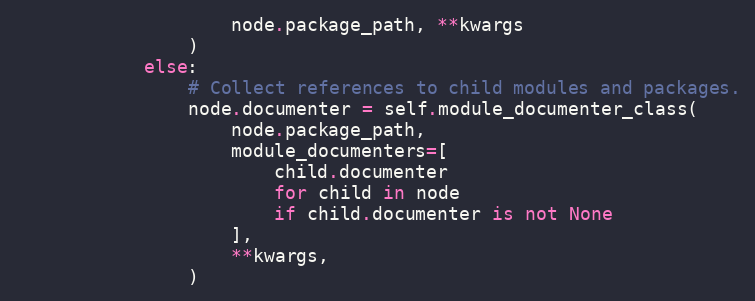
Language: Python
                    node.package_path, **kwargs
                )
            else:
                # Collect references to child modules and packages.
                node.documenter = self.module_documenter_class(
                    node.package_path,
                    module_documenters=[
                        child.documenter
                        for child in node
                        if child.documenter is not None
                    ],
                    **kwargs,
                )